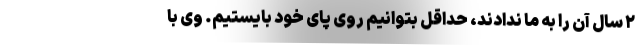
۲ سال آن را به ما ندادند، حداقل بتوانیم روی پای خود بایستیم. وی با